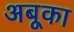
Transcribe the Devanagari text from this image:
अबूका